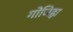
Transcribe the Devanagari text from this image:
गोजिह्वा